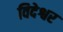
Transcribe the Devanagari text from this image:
विदेश्वर